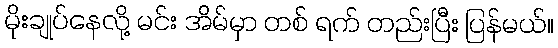
မိုးချုပ်နေလို့ မင်း အိမ်မှာ တစ် ရက် တည်းပြီး ပြန်မယ်။